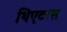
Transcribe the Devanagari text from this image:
थिएटरस